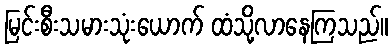
မြင်းစီးသမားသုံးယောက် ထံသို့လာနေကြသည်။